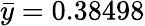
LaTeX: \bar{y}=0.38498